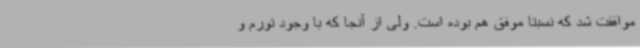
موافقت شد که نسبتا موفق هم بوده است. ولی از آنجا که با وجود تورم و